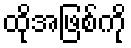
ထိုအဖြစ်ကို